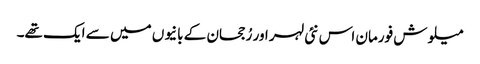
میلوش فورمان اس نئی لہر اور رُجحان کے بانیوں میں سے ایک تھے۔